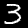
Digit: 3